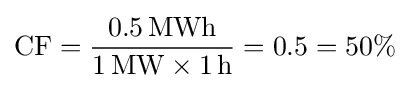
\mathrm {CF} ={\frac {0.5\,\mathrm {MWh} }{1\,\mathrm {MW} \times 1\,\mathrm {h} }}=0.5=50\%